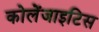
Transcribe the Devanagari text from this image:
कोलेंजाइटिस